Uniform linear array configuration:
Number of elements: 4
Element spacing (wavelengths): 0.5
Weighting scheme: exponential
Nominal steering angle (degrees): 45
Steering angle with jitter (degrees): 43.231
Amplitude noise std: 0.05
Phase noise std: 0.05

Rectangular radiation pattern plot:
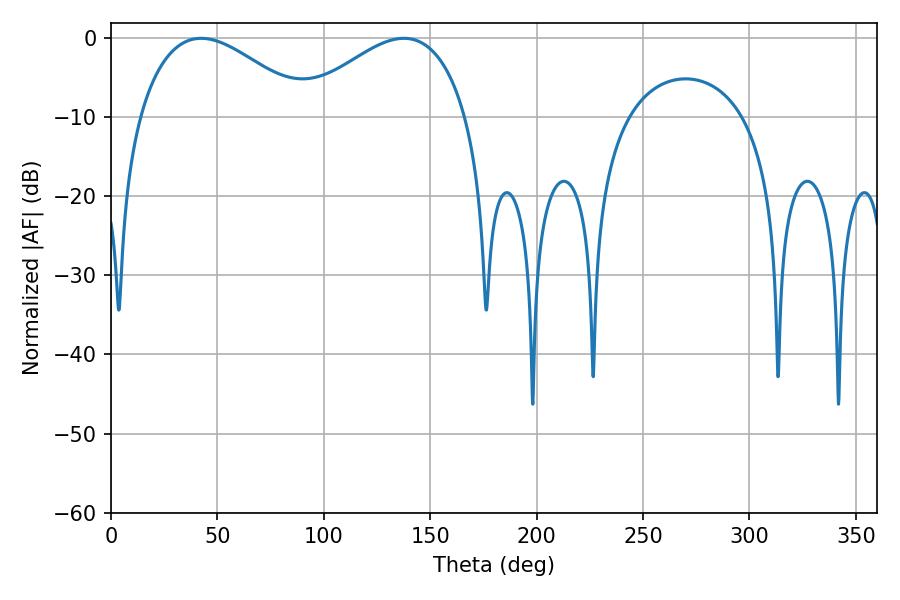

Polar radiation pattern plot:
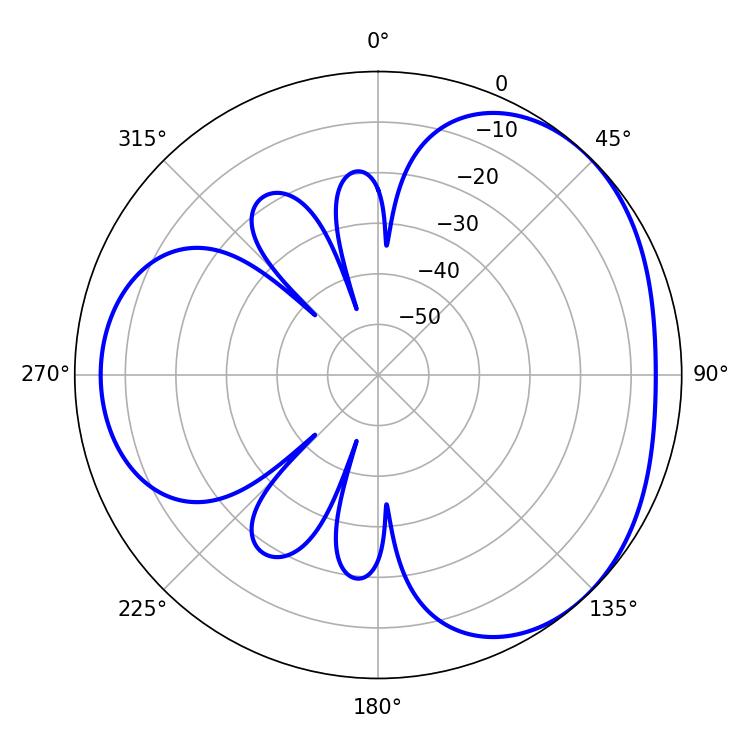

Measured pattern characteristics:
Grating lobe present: FALSE
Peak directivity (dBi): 3.282
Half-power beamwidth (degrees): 43.38
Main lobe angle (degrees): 42.3